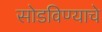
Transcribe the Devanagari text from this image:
सोडविण्‍याचे